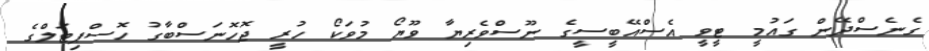
ގެނެސްދޭން ގައުމީ ޓީވީ އެސްއޭބީސީގެ ނޫސްވެރިޔާ ވޫޔޯ މުވަކޯ ހުރީ ޖޮހޮނަސްބާގު ހޮސްޕިޓަލްގެ